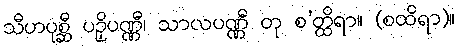
သီဟပုစ္ဆီ ပဉှိပဏ္ဏီ၊ သာလပဏ္ဏီ တု စ’တ္ထိရာ။ (စထိရာ)။